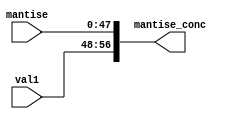
`timescale 1ns / 1ps
//////////////////////////////////////////////////////////////////////////////////
// Company: 
// Engineer: 
// 
// Design Name: 
// Module Name: concat
// Project Name: 
// Target Devices: 
// Tool Versions: 
// Description: 
// 
// Dependencies: 
// 
// Revision:
// Revision 0.01 - File Created
// Additional Comments:
// 
//////////////////////////////////////////////////////////////////////////////////


module concat(
    input [47:0]mantise,
    input [8:0]val1,
    output [56:0]mantise_conc
    );

    assign mantise_conc = {val1, mantise};//mants_conc;

endmodule